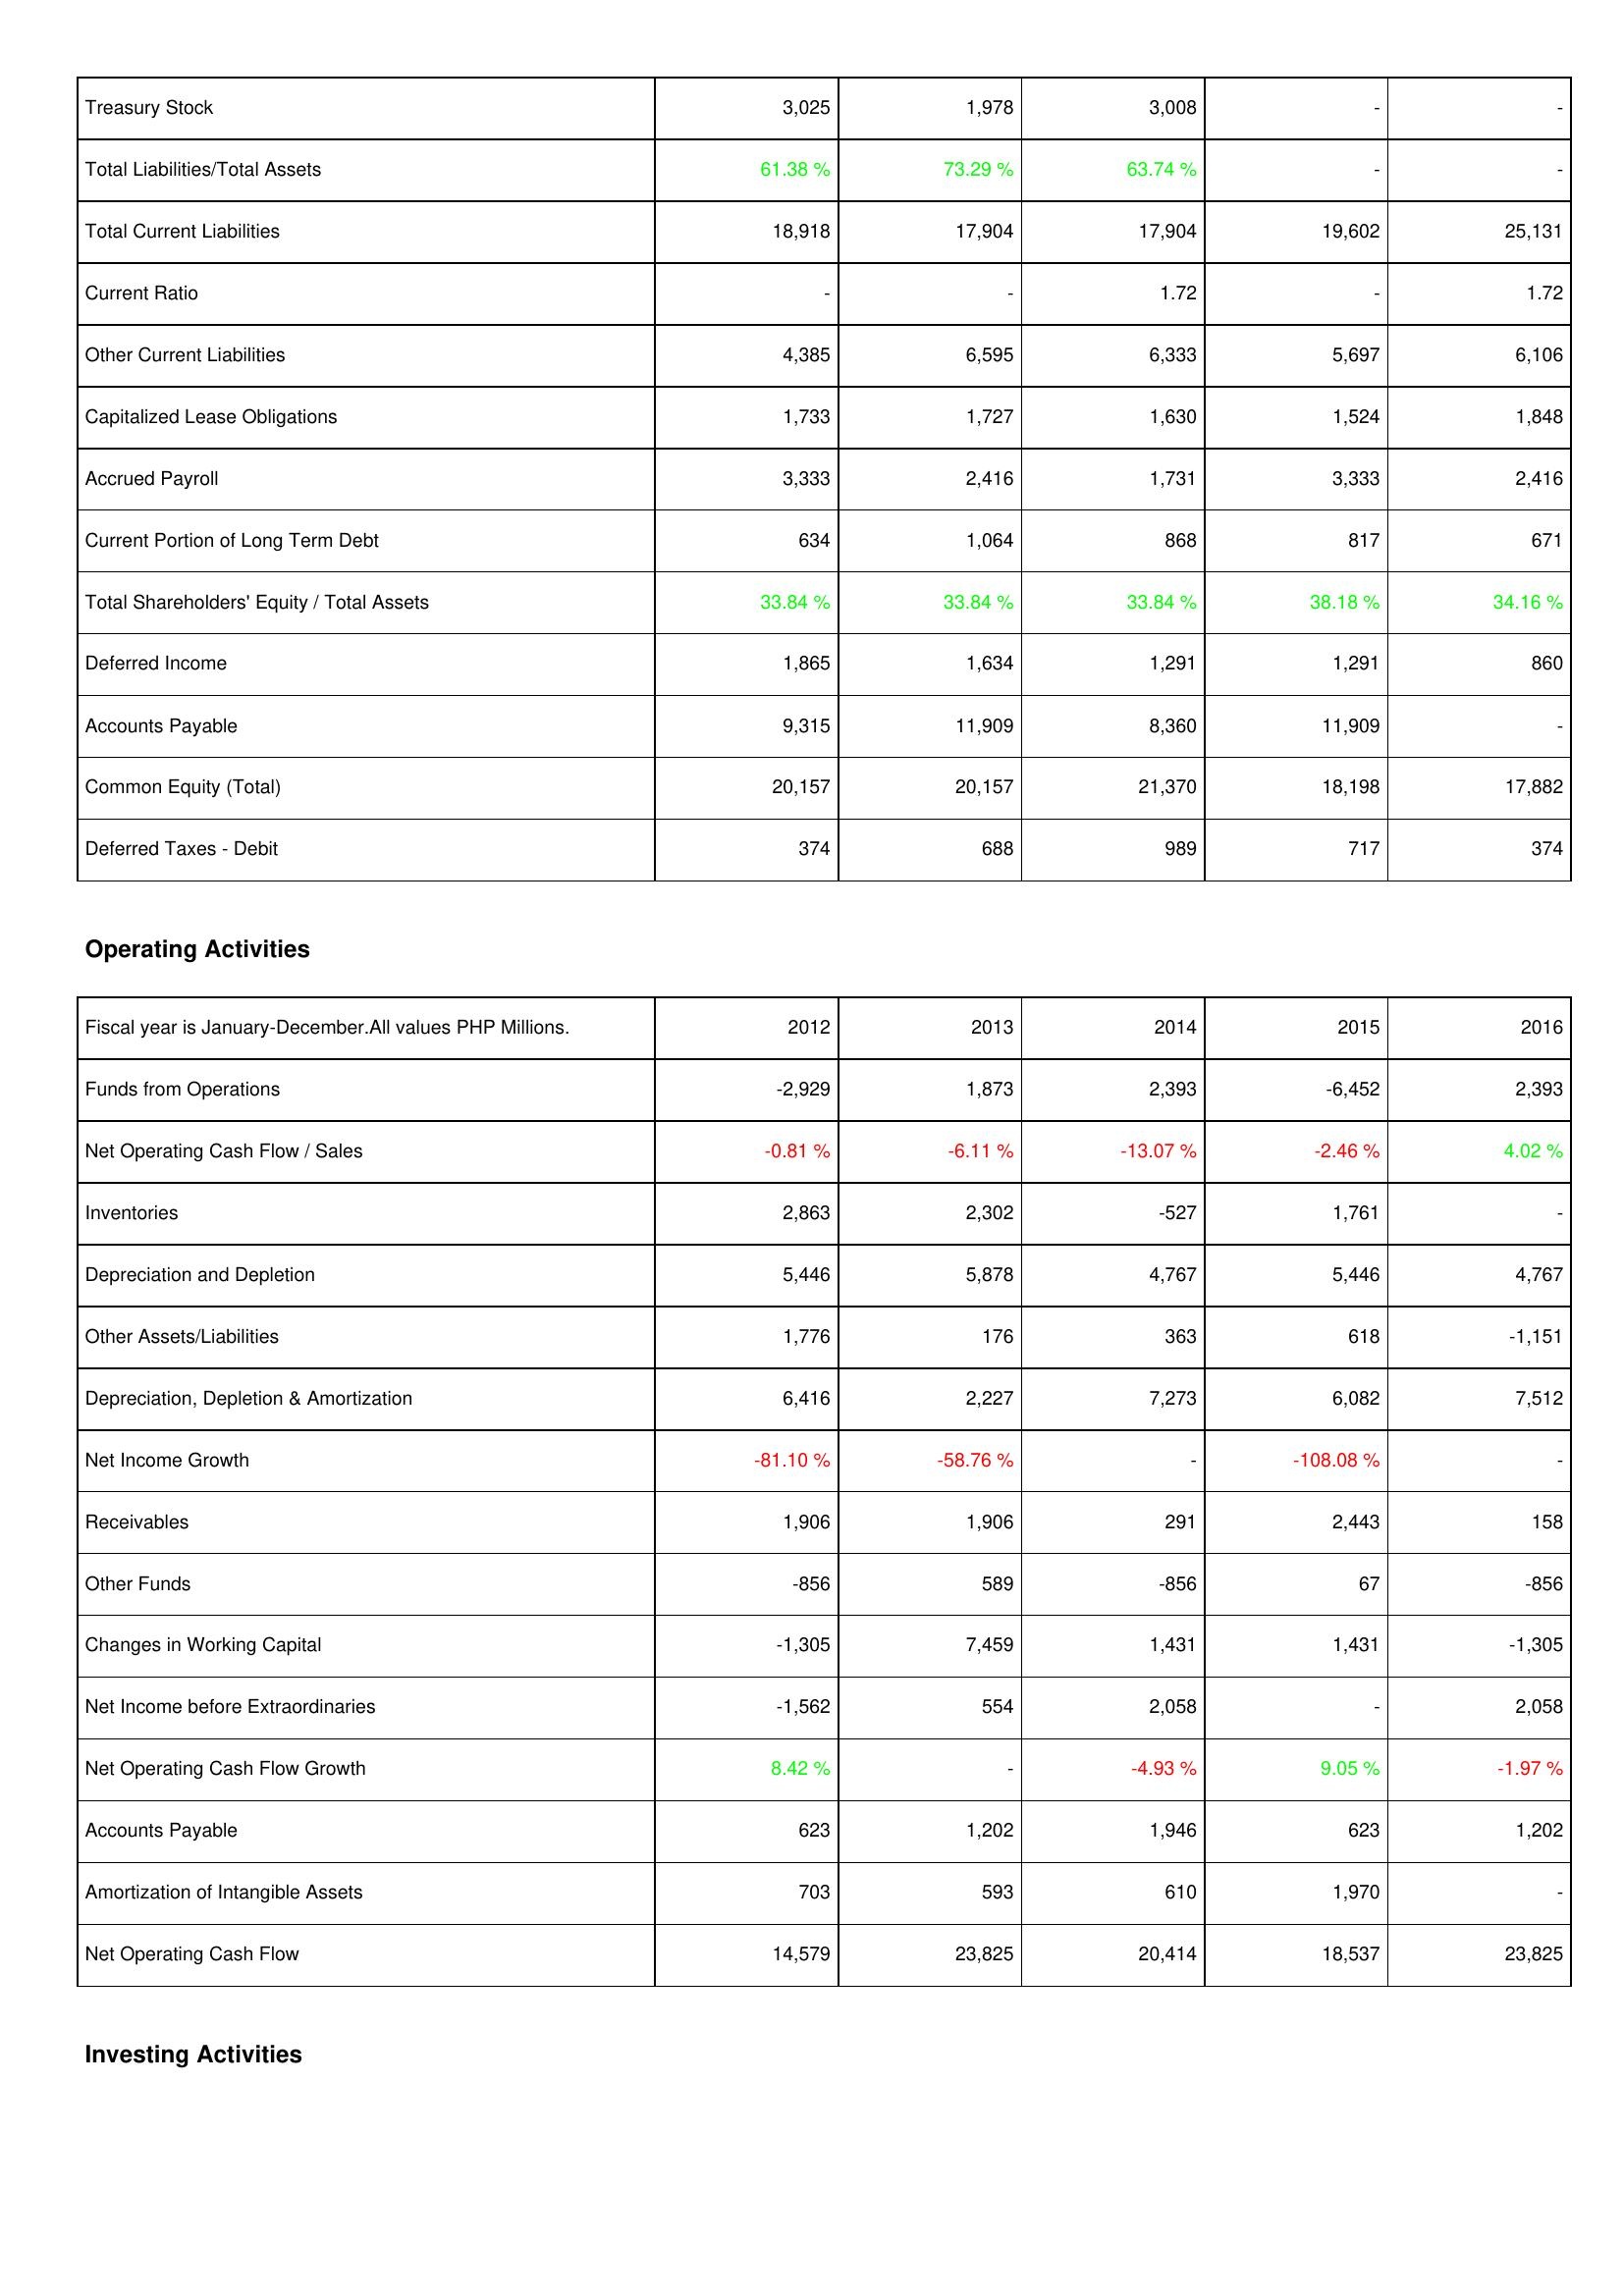
2012: Liabilities & Shareholders' Equity: Treasury Stock: 3,025
Total Liabilities/Total Assets: 61.38 %
Total Current Liabilities: 18,918
Current Ratio: -
Other Current Liabilities: 4,385
Capitalized Lease Obligations: 1,733
Accrued Payroll: 3,333
Current Portion of Long Term Debt: 634
Total Shareholders' Equity / Total Assets: 33.84 %
Deferred Income: 1,865
Accounts Payable: 9,315
Common Equity (Total): 20,157
Deferred Taxes - Debit: 374
Operating Activities: Funds from Operations: -2,929
Net Operating Cash Flow / Sales: -0.81 %
Inventories: 2,863
Depreciation and Depletion: 5,446
Other Assets/Liabilities: 1,776
Depreciation, Depletion & Amortization: 6,416
Net Income Growth: -81.10 %
Receivables: 1,906
Other Funds: -856
Changes in Working Capital: -1,305
Net Income before Extraordinaries: -1,562
Net Operating Cash Flow Growth: 8.42 %
Accounts Payable: 623
Amortization of Intangible Assets: 703
Net Operating Cash Flow: 14,579
2013: Liabilities & Shareholders' Equity: Treasury Stock: 1,978
Total Liabilities/Total Assets: 73.29 %
Total Current Liabilities: 17,904
Current Ratio: -
Other Current Liabilities: 6,595
Capitalized Lease Obligations: 1,727
Accrued Payroll: 2,416
Current Portion of Long Term Debt: 1,064
Total Shareholders' Equity / Total Assets: 33.84 %
Deferred Income: 1,634
Accounts Payable: 11,909
Common Equity (Total): 20,157
Deferred Taxes - Debit: 688
Operating Activities: Funds from Operations: 1,873
Net Operating Cash Flow / Sales: -6.11 %
Inventories: 2,302
Depreciation and Depletion: 5,878
Other Assets/Liabilities: 176
Depreciation, Depletion & Amortization: 2,227
Net Income Growth: -58.76 %
Receivables: 1,906
Other Funds: 589
Changes in Working Capital: 7,459
Net Income before Extraordinaries: 554
Net Operating Cash Flow Growth: -
Accounts Payable: 1,202
Amortization of Intangible Assets: 593
Net Operating Cash Flow: 23,825
2014: Liabilities & Shareholders' Equity: Treasury Stock: 3,008
Total Liabilities/Total Assets: 63.74 %
Total Current Liabilities: 17,904
Current Ratio: 1.72
Other Current Liabilities: 6,333
Capitalized Lease Obligations: 1,630
Accrued Payroll: 1,731
Current Portion of Long Term Debt: 868
Total Shareholders' Equity / Total Assets: 33.84 %
Deferred Income: 1,291
Accounts Payable: 8,360
Common Equity (Total): 21,370
Deferred Taxes - Debit: 989
Operating Activities: Funds from Operations: 2,393
Net Operating Cash Flow / Sales: -13.07 %
Inventories: -527
Depreciation and Depletion: 4,767
Other Assets/Liabilities: 363
Depreciation, Depletion & Amortization: 7,273
Net Income Growth: -
Receivables: 291
Other Funds: -856
Changes in Working Capital: 1,431
Net Income before Extraordinaries: 2,058
Net Operating Cash Flow Growth: -4.93 %
Accounts Payable: 1,946
Amortization of Intangible Assets: 610
Net Operating Cash Flow: 20,414
2015: Liabilities & Shareholders' Equity: Treasury Stock: -
Total Liabilities/Total Assets: -
Total Current Liabilities: 19,602
Current Ratio: -
Other Current Liabilities: 5,697
Capitalized Lease Obligations: 1,524
Accrued Payroll: 3,333
Current Portion of Long Term Debt: 817
Total Shareholders' Equity / Total Assets: 38.18 %
Deferred Income: 1,291
Accounts Payable: 11,909
Common Equity (Total): 18,198
Deferred Taxes - Debit: 717
Operating Activities: Funds from Operations: -6,452
Net Operating Cash Flow / Sales: -2.46 %
Inventories: 1,761
Depreciation and Depletion: 5,446
Other Assets/Liabilities: 618
Depreciation, Depletion & Amortization: 6,082
Net Income Growth: -108.08 %
Receivables: 2,443
Other Funds: 67
Changes in Working Capital: 1,431
Net Income before Extraordinaries: -
Net Operating Cash Flow Growth: 9.05 %
Accounts Payable: 623
Amortization of Intangible Assets: 1,970
Net Operating Cash Flow: 18,537
2016: Liabilities & Shareholders' Equity: Treasury Stock: -
Total Liabilities/Total Assets: -
Total Current Liabilities: 25,131
Current Ratio: 1.72
Other Current Liabilities: 6,106
Capitalized Lease Obligations: 1,848
Accrued Payroll: 2,416
Current Portion of Long Term Debt: 671
Total Shareholders' Equity / Total Assets: 34.16 %
Deferred Income: 860
Accounts Payable: -
Common Equity (Total): 17,882
Deferred Taxes - Debit: 374
Operating Activities: Funds from Operations: 2,393
Net Operating Cash Flow / Sales: 4.02 %
Inventories: -
Depreciation and Depletion: 4,767
Other Assets/Liabilities: -1,151
Depreciation, Depletion & Amortization: 7,512
Net Income Growth: -
Receivables: 158
Other Funds: -856
Changes in Working Capital: -1,305
Net Income before Extraordinaries: 2,058
Net Operating Cash Flow Growth: -1.97 %
Accounts Payable: 1,202
Amortization of Intangible Assets: -
Net Operating Cash Flow: 23,825